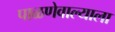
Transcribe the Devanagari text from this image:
पाळणेवाल्याला